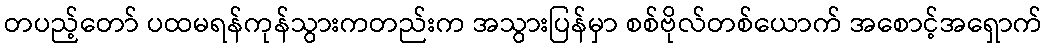
တပည့်တော် ပထမရန်ကုန်သွားကတည်းက အသွားပြန်မှာ စစ်ဗိုလ်တစ်ယောက် အစောင့်အရှောက်